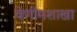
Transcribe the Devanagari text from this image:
वेणीमशाखा